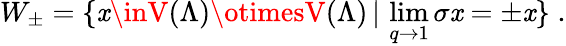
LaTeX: W_{\pm}=\{ \mathit{x}\inV(\Lambda)\otimesV(\Lambda)\, |\, \operatorname*{lim}_{q\rightarrow1}\sigma\mathit{x}=\pm\mathit{x}\} \; .